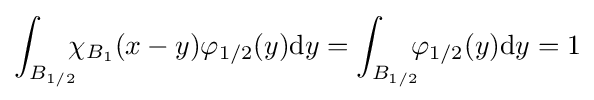
\int _{B_{1/2}}\!\!\!\chi _{B_{1}}(x-y)\varphi _{1/2}(y)\mathrm {d} y=\int _{B_{1/2}}\!\!\!\varphi _{1/2}(y)\mathrm {d} y=1